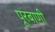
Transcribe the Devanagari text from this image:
पूरबाणी